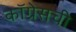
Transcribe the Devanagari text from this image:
कॉग्रेसची